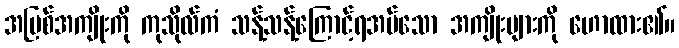
အပြစ်အကျိုးကို ကုသိုလ်ကံ သန့်သန့်ကြောင့်ရအပ်သော အကျိုးများကို ဟောထား၏။